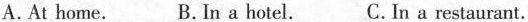
A.At home. B. In a hotel. C.In a restaurant.